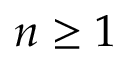
n \geq 1